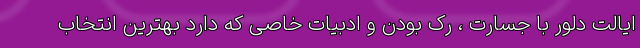
ایالت دلور با جسارت ، رک بودن و ادبیات خاصی که دارد بهترین انتخاب